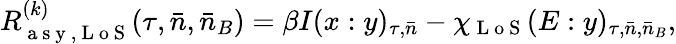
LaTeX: R_{\mathrm{~a~s~y~,~L~o~S~}}^{(k)}(\tau,\bar{n},\bar{n}_{B})=\beta I(x:y)_{\tau,\bar{n}}-\chi_{\mathrm{~L~o~S~}}(E:y)_{\tau,\bar{n},\bar{n}_{B}},